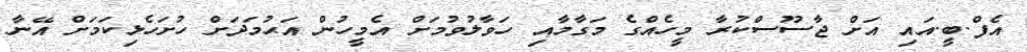
އެފް.ބީ.އައި އަށް ޖާސޫސްކުރާ މީހެއްގެ މަގާމާއި ހަވާލުވުމަށް އެމީހުން އަޙުމަދަށް ހުށަހެޅިކަމަށް އޭނާ